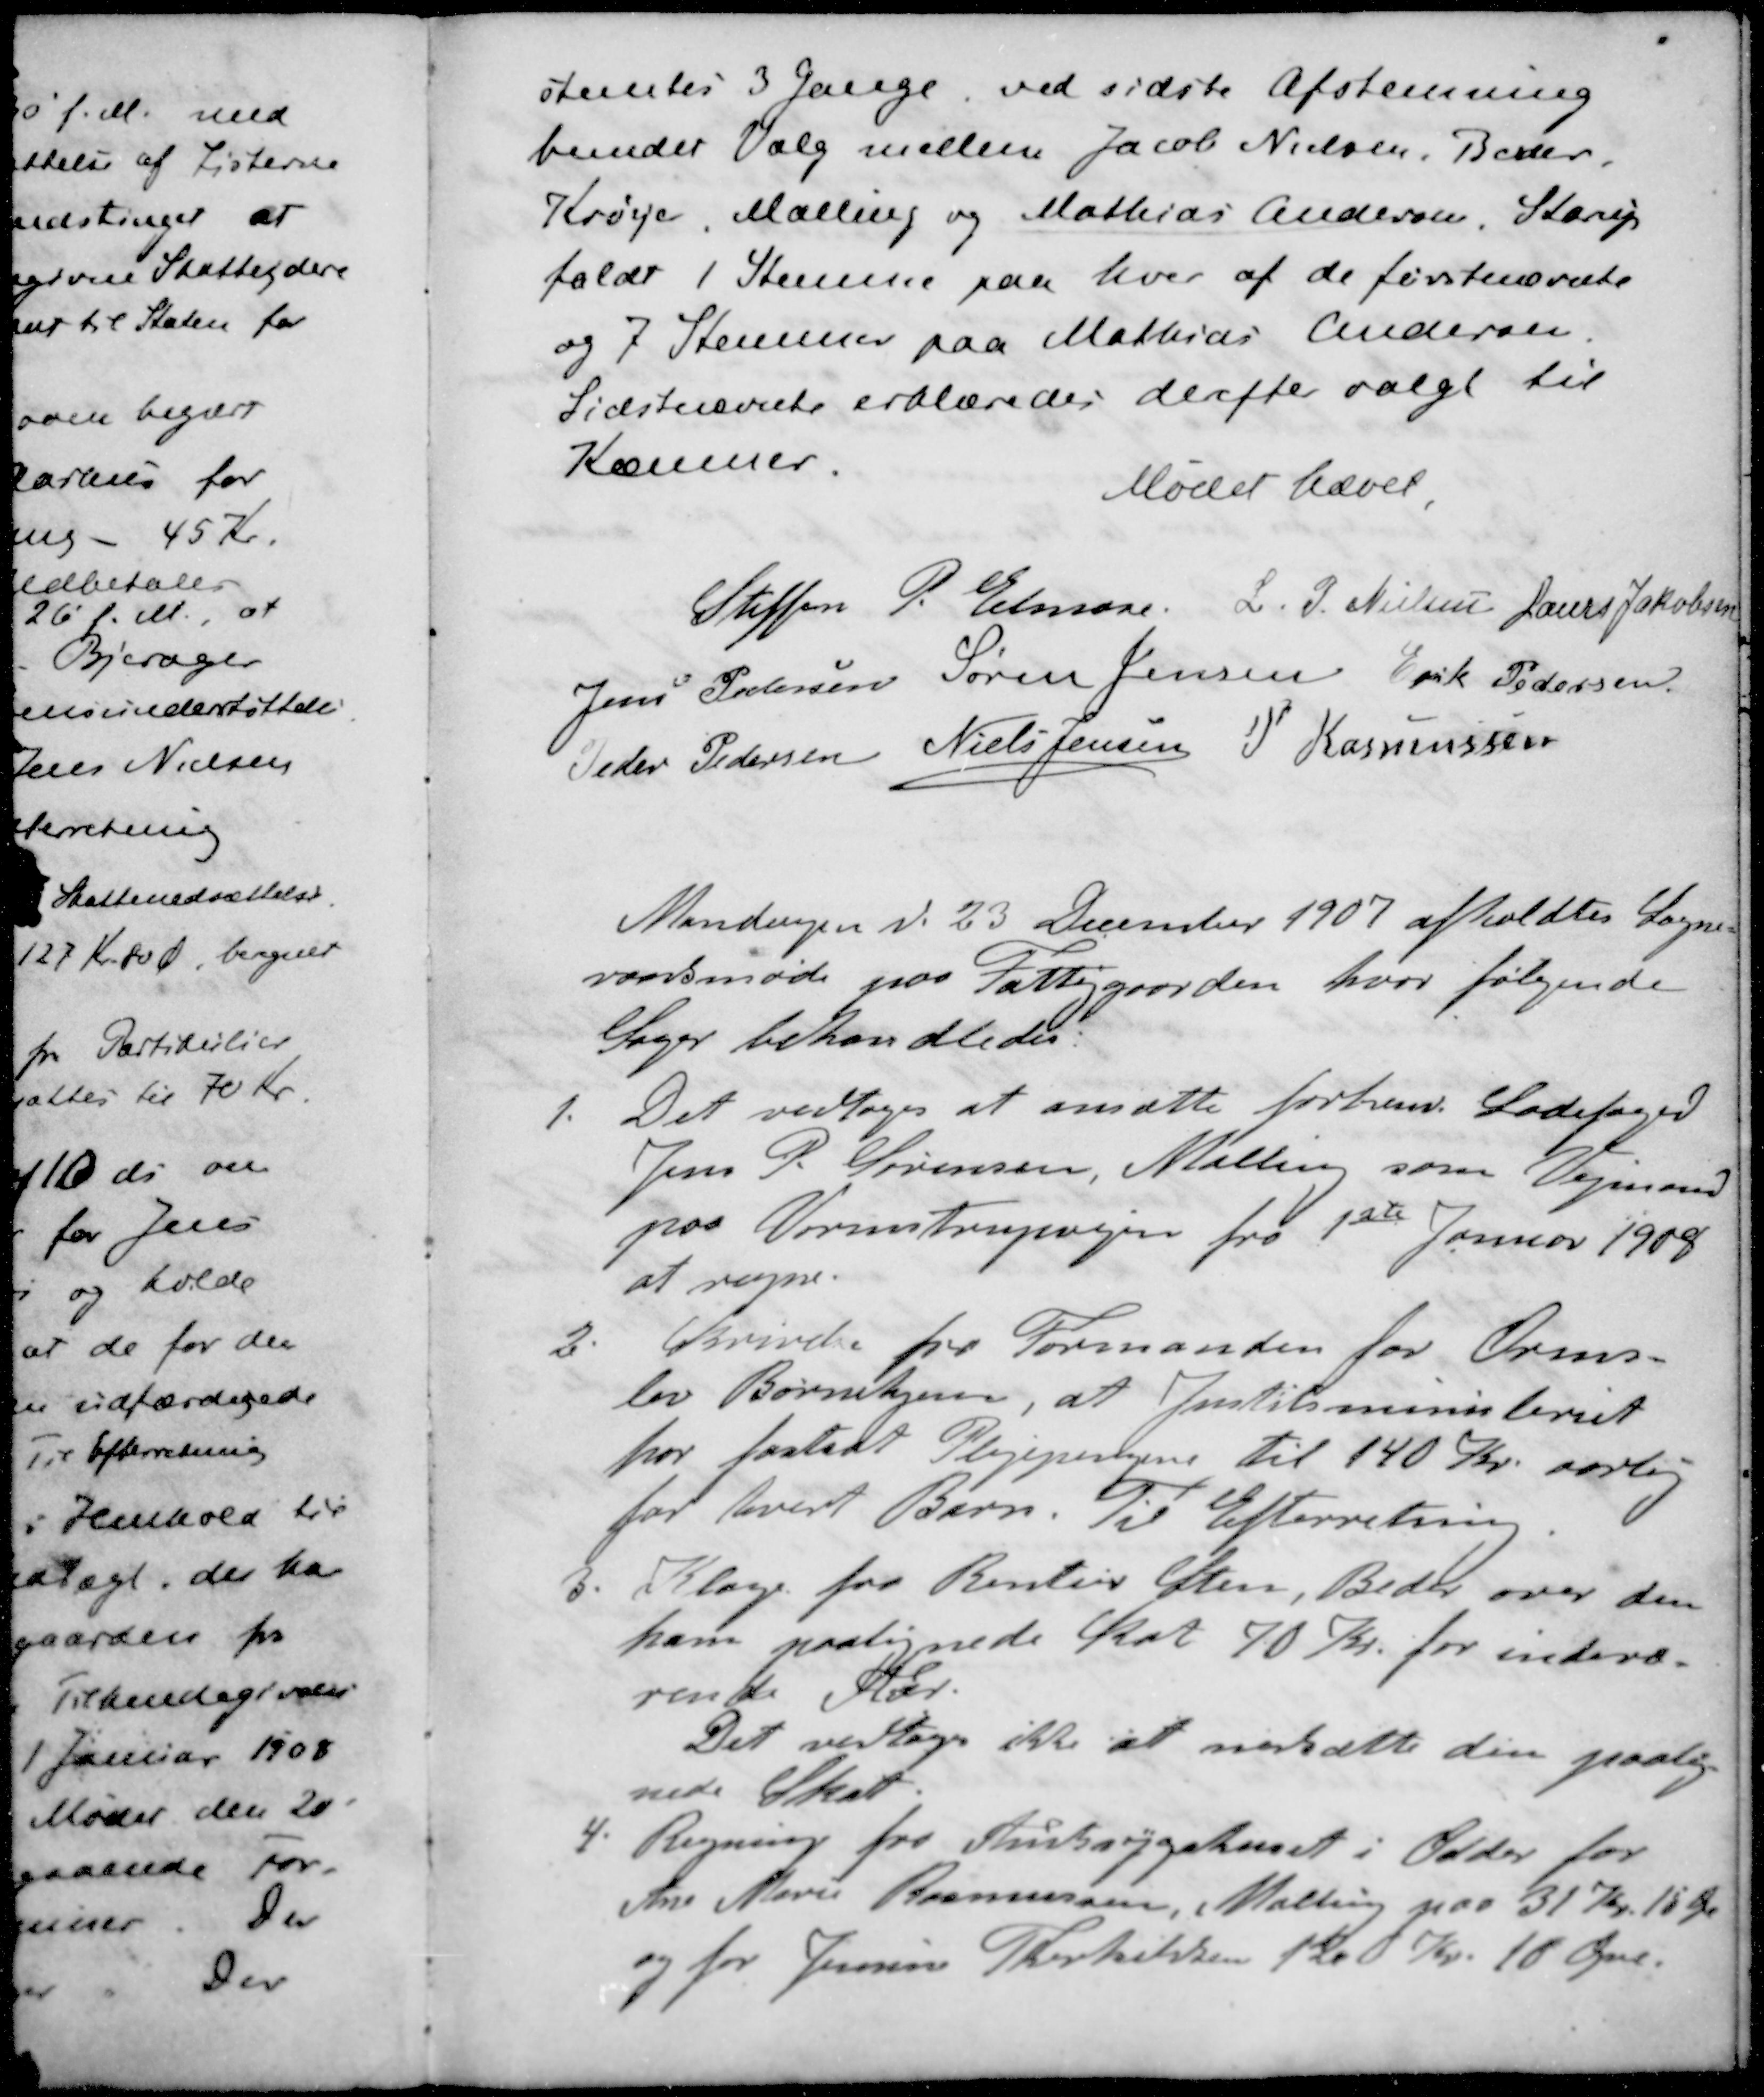
Transskription:
stemtes 3 Gange, ved sidste Afstemning
bundet Valg mellem Jacob Nielsen, Beder
Krøye, Malling og Mathias Andersen, Starup
faldt 1 Stemme paa hver af de førstenævnte
og 7 Stemmer paa Mathias Andersen.
Sidstnævnte erklæredes derfte valgt til
Kæmner.
Mødet hævet
Steffen P. Elmose
L. J. Nielsen
Laurs Jakobsen
Jens Pedersen
Søren Jensen
Erik Pedersen
Peder Pedersen
Niels Jensen
P Rasmussen
Mandagen d. 23 December 1907 afholdtes Sogne-
raadsmøde paa Fattiggaarden, hvor følgende
Sager behandledes:
1. Det vedtoges at ansætte forhenv. Ladefoged
Jens P. Sørensen, Malling som Vejmand
paa Vormstrupvejen fra 1ste Januar 1908
at regne.
2. Skrivelse fra Formanden for Orms-
lev Børnehjem, at Justitsministeriet
har fastsat Plejepengene til 140 Kr. aarlig
for hvert Barn. Til Efterretning
3. Klage fra Rentier Sten, Beder over den
ham paalignede Skat 70 Kr. for indevæ-
rente Aar.
Det vedtoges ikke at nedsætte den paalig-
nede Skat.
4. Regning fra Amtssygehuset i Odder for
Ane Marie Rasmussen, Malling paa 31 Kr. 15 Øre
og for Jensine Therkildsen 120 Kr. 10 Øre.